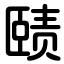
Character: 赜